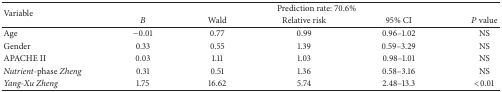
<table><thead><tr><td rowspan="2"><b>Variable</b></td><td colspan="5"><b>Prediction rate: 70.6%</b></td></tr><tr><td><b><i>B</i></b></td><td><b>Wald</b></td><td><b>Relative risk</b></td><td><b>95% CI</b></td><td><b><i>P</i> value</b></td></tr></thead><tbody><tr><td>Age</td><td>−0.01</td><td> 0.77</td><td>0.99</td><td>0.96–1.02</td><td>NS</td></tr><tr><td>Gender</td><td> 0.33</td><td> 0.55</td><td>1.39</td><td>0.59–3.29</td><td>NS</td></tr><tr><td>APACHE II</td><td> 0.03</td><td> 1.11</td><td>1.03</td><td>0.98–1.01</td><td>NS</td></tr><tr><td><i>Nutrient</i>-phase <i>Zheng </i></td><td> 0.31</td><td> 0.51</td><td>1.36</td><td>0.58–3.16</td><td>NS</td></tr><tr><td><i>Yang-Xu Zheng </i></td><td> 1.75</td><td>16.62</td><td>5.74</td><td>2.48–13.3</td><td>&lt;0.01</td></tr></tbody></table>